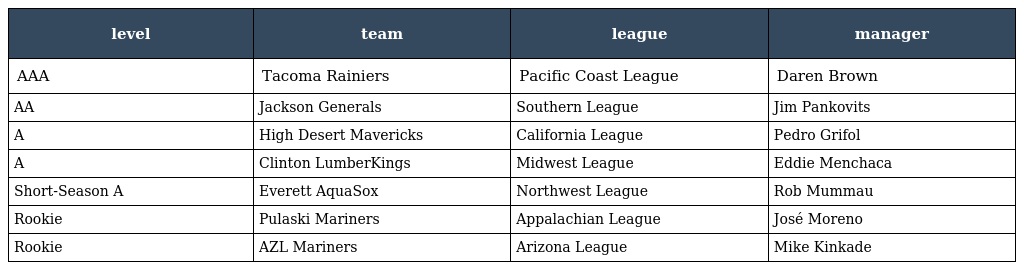
| level | team | league | manager |
 | --- | --- | --- | --- |
 | AAA | Tacoma Rainiers | Pacific Coast League | Daren Brown |
 | AA | Jackson Generals | Southern League | Jim Pankovits |
 | A | High Desert Mavericks | California League | Pedro Grifol |
 | A | Clinton LumberKings | Midwest League | Eddie Menchaca |
 | Short-Season A | Everett AquaSox | Northwest League | Rob Mummau |
 | Rookie | Pulaski Mariners | Appalachian League | José Moreno |
 | Rookie | AZL Mariners | Arizona League | Mike Kinkade |